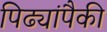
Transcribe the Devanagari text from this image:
पिढ्यांपैकी